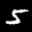
Label: 5